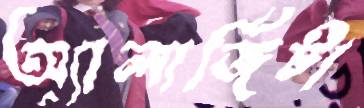
অ্যালার্জিটা